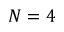
N = 4